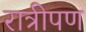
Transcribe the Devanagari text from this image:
रात्रीपण